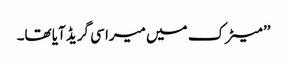
’’ میٹرک میں میرا سی گریڈ آیا تھا۔